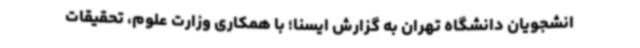
انشجویان دانشگاه تهران به گزارش ایسنا؛ با همکاری وزارت علوم، تحقیقات